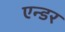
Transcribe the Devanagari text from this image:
एन्डर